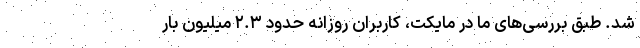
شد. طبق بررسی‌های ما در مایکت، کاربران روزانه حدود ۲.۳ میلیون ‌بار